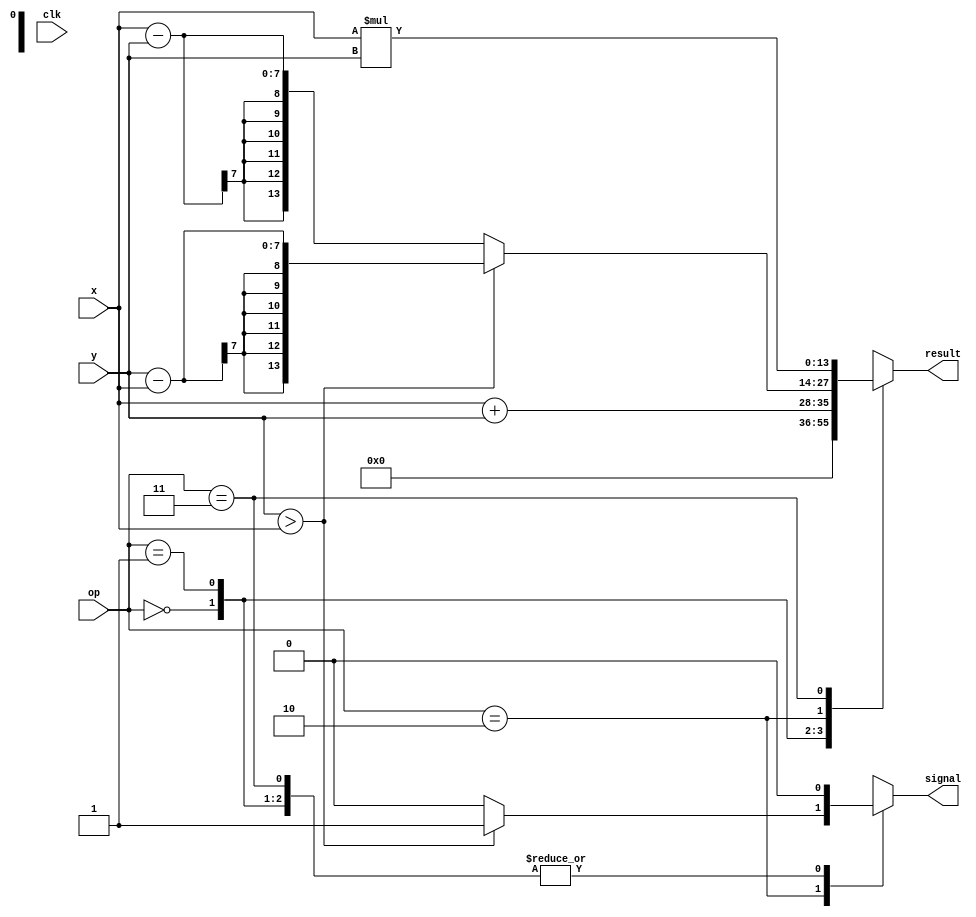
module calculadora (x, y, op, clk, result, signal);
	
	input clk;
	input [6:0] x, y;
	input [1:0] op;
	output reg signal;
	output reg [13:0] result;
	
	reg [1:0] estado;
	parameter esp = 2'd0,  sum = 2'd1, sub = 2'd2, mult = 2'd3;
	
	
	initial begin
		estado = esp;
		result = 14'd0;
		signal = 0;
	end
	
	always @(posedge clk) begin	
		case(op) 
			esp:
				estado <= esp;
			sum:
				estado <= sum;
			sub:
				estado <= sub;
			mult:
				estado <= mult;
		endcase
	end
	
	always @(*) begin
		case(op) 
			esp: begin
				result <= 0;
				signal <= 0;
			end
			sum: begin
				result <= x+y;
				signal <= 0;
			end
			sub: begin
				if(y > x) begin
					result <= y-x;
					signal <= 1;
				end else begin
					result <= x-y;
					signal <= 0;
				end
			end
			mult: begin
				result <= x*y;
				signal <= 0;
			end
		endcase
	end
endmodule